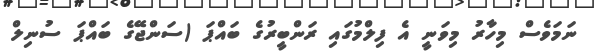
ނަމަވެސް މިހާރު މިވަނީ އެ ފިލްމުގައި ރަންބީރުގެ ބައްޕަ (ސަންޖޭގެ ބައްޕަ ސުނިލް